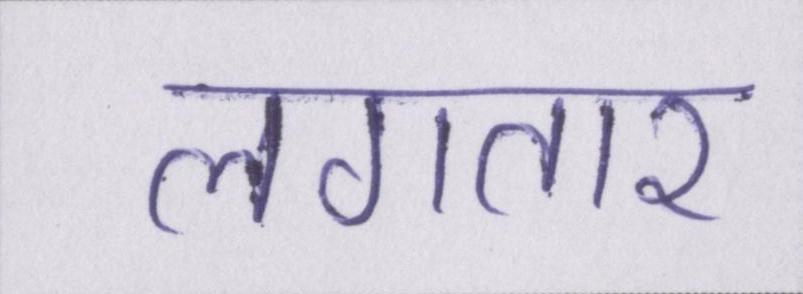
लगतार